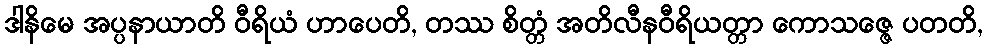
ဒါနိမေ အပ္ပနာယာတိ ဝီရိယံ ဟာပေတိ, တဿ စိတ္တံ အတိလီနဝီရိယတ္တာ ကောသဇ္ဇေ ပတတိ,